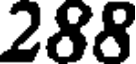
288